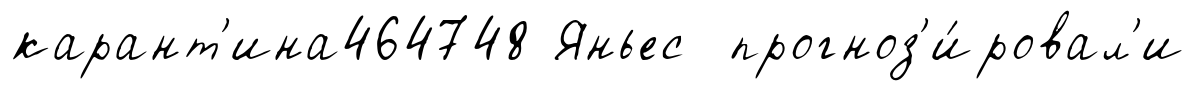
карант'ина464748 Яньес прогноз'и́ровал'и